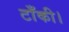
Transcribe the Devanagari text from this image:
टाँकी।